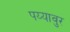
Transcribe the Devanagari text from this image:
पय्यावुर